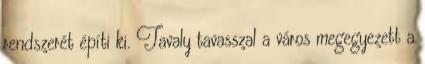
rendszerét építi ki. Tavaly tavasszal a város megegyezett a